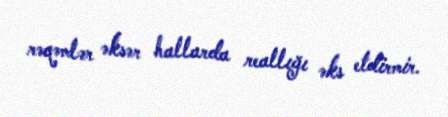
rəqəmlər əksər hallarda reallığı əks etdirmir.